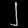
Digit: ၂